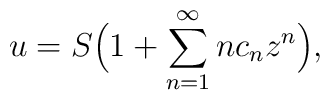
u = S\Big(1 + \sum\limits_{n=1}^\infty n c_n z^n \Big),